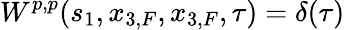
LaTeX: W^{p,p}(s_{1},x_{3,F},x_{3,F},\tau)=\delta(\tau)